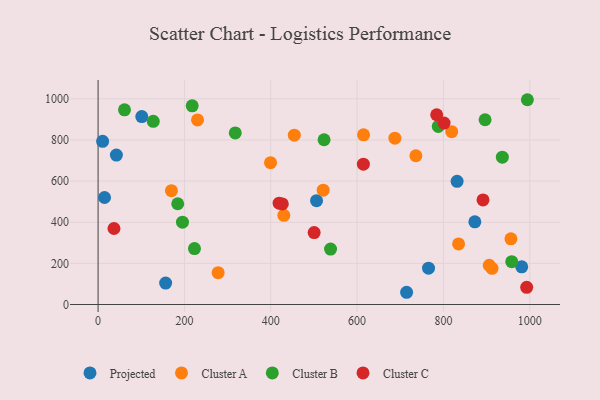
{"axis": {"x": "Distance", "y": "Sales"}, "legend": ["Cluster A", "Cluster B", "Cluster C", "Projected"], "data": [{"x": "42.4", "y": 726.6, "type": "Projected"}, {"x": "506.1", "y": 504.8, "type": "Projected"}, {"x": "156.5", "y": 104.4, "type": "Projected"}, {"x": "765.5", "y": 176.9, "type": "Projected"}, {"x": "714.7", "y": 59.5, "type": "Projected"}, {"x": "14.9", "y": 520.2, "type": "Projected"}, {"x": "101.2", "y": 913.9, "type": "Projected"}, {"x": "831.7", "y": 598.9, "type": "Projected"}, {"x": "10.5", "y": 793.4, "type": "Projected"}, {"x": "872.8", "y": 402.1, "type": "Projected"}, {"x": "981.4", "y": 183.0, "type": "Projected"}, {"x": "736.2", "y": 723.3, "type": "Cluster A"}, {"x": "399.5", "y": 689.4, "type": "Cluster A"}, {"x": "687.6", "y": 808.9, "type": "Cluster A"}, {"x": "230.3", "y": 897.2, "type": "Cluster A"}, {"x": "906.2", "y": 190.4, "type": "Cluster A"}, {"x": "956.4", "y": 319.2, "type": "Cluster A"}, {"x": "835.1", "y": 294.6, "type": "Cluster A"}, {"x": "278.1", "y": 154.8, "type": "Cluster A"}, {"x": "521.5", "y": 555.8, "type": "Cluster A"}, {"x": "454.6", "y": 823.3, "type": "Cluster A"}, {"x": "819.2", "y": 840.2, "type": "Cluster A"}, {"x": "615.0", "y": 825.2, "type": "Cluster A"}, {"x": "912.6", "y": 175.8, "type": "Cluster A"}, {"x": "169.9", "y": 553.2, "type": "Cluster A"}, {"x": "430.3", "y": 433.7, "type": "Cluster A"}, {"x": "896.5", "y": 898.3, "type": "Cluster B"}, {"x": "223.3", "y": 271.8, "type": "Cluster B"}, {"x": "958.3", "y": 208.3, "type": "Cluster B"}, {"x": "936.5", "y": 716.2, "type": "Cluster B"}, {"x": "127.8", "y": 890.7, "type": "Cluster B"}, {"x": "184.5", "y": 489.8, "type": "Cluster B"}, {"x": "523.5", "y": 801.1, "type": "Cluster B"}, {"x": "317.8", "y": 834.4, "type": "Cluster B"}, {"x": "195.5", "y": 400.3, "type": "Cluster B"}, {"x": "788.1", "y": 866.0, "type": "Cluster B"}, {"x": "61.2", "y": 946.3, "type": "Cluster B"}, {"x": "538.5", "y": 269.3, "type": "Cluster B"}, {"x": "218.0", "y": 965.9, "type": "Cluster B"}, {"x": "994.5", "y": 995.6, "type": "Cluster B"}, {"x": "801.5", "y": 882.1, "type": "Cluster C"}, {"x": "36.8", "y": 369.6, "type": "Cluster C"}, {"x": "891.7", "y": 508.3, "type": "Cluster C"}, {"x": "419.3", "y": 492.5, "type": "Cluster C"}, {"x": "992.9", "y": 83.5, "type": "Cluster C"}, {"x": "426.8", "y": 489.0, "type": "Cluster C"}, {"x": "784.4", "y": 922.6, "type": "Cluster C"}, {"x": "500.5", "y": 349.8, "type": "Cluster C"}, {"x": "614.6", "y": 682.5, "type": "Cluster C"}]}